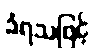
ခံရသဖြင့်